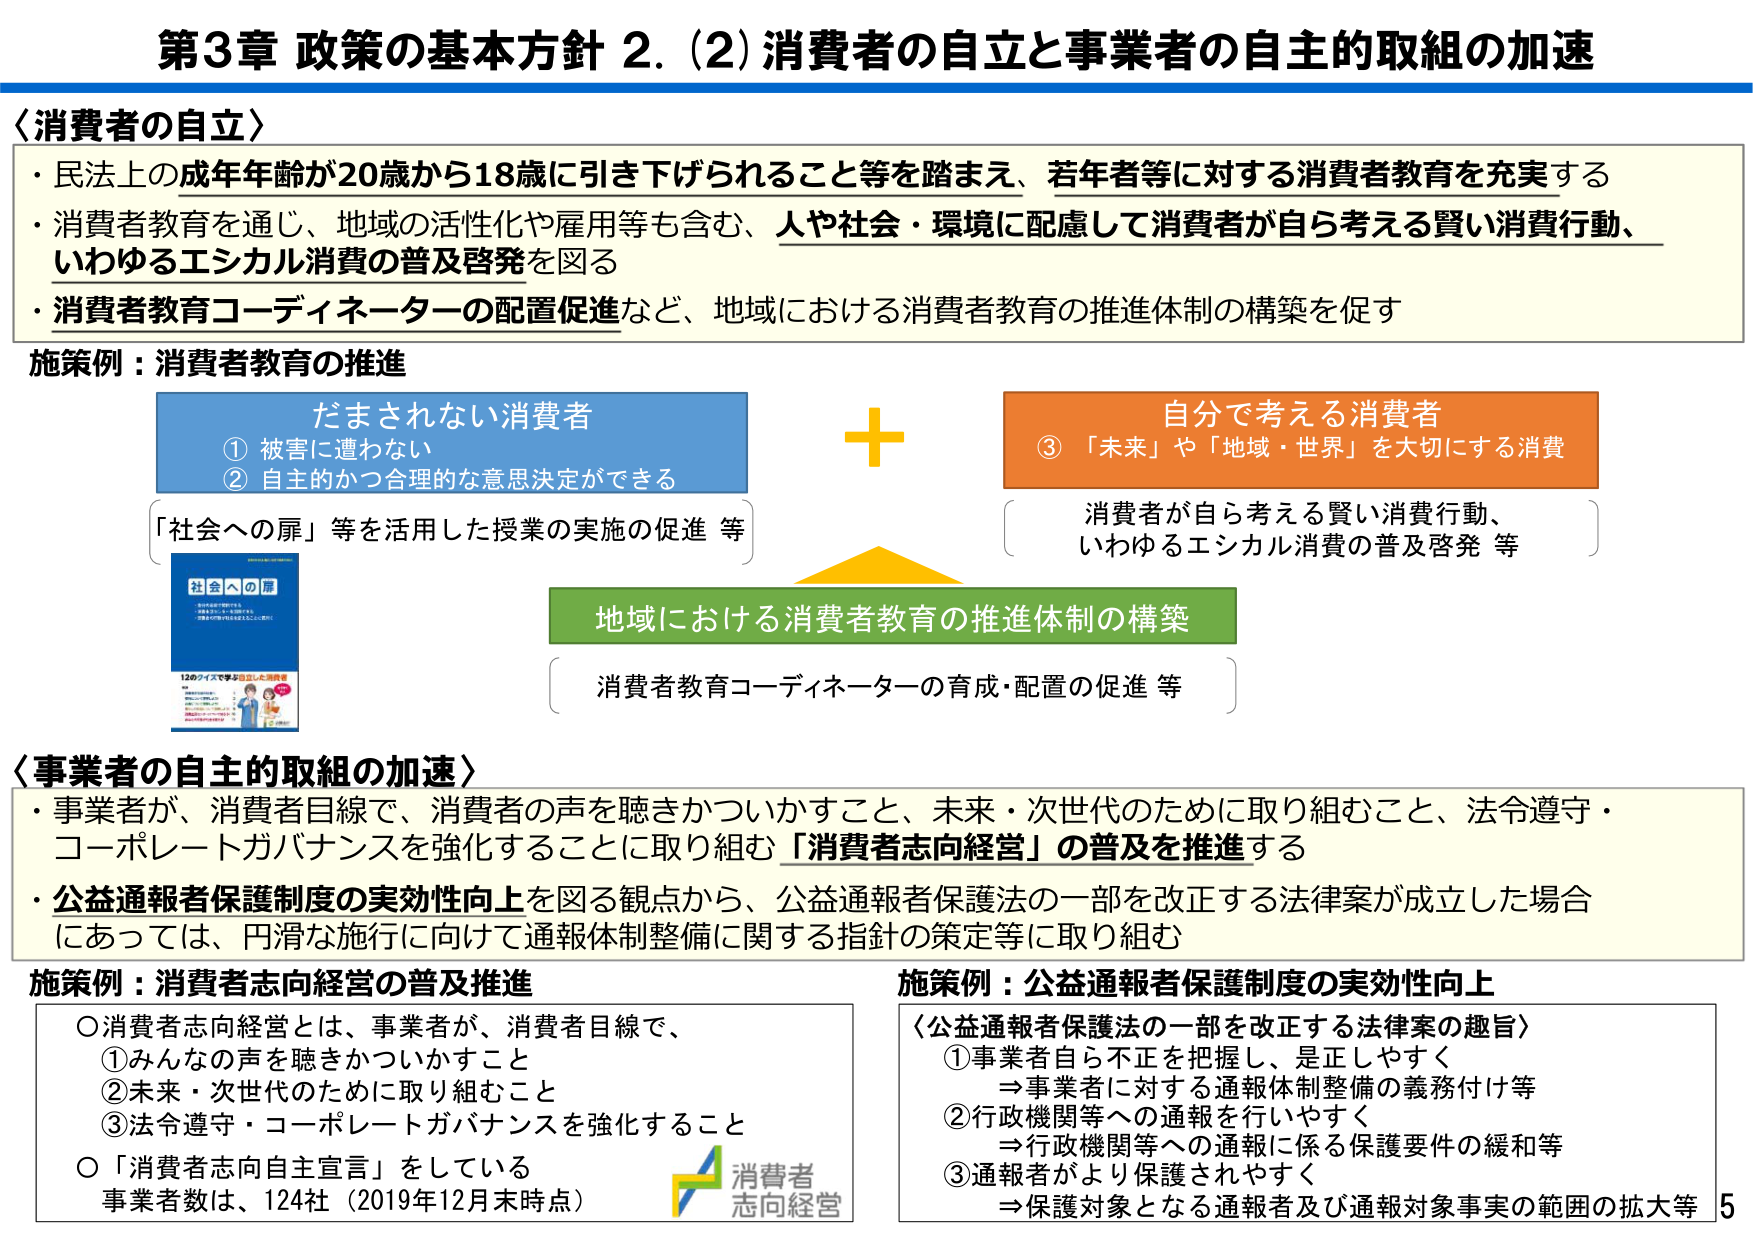
第3章 政策の基本方針 2. (2) 消費者の自立と事業者の自主的取組の加速

〈消費者の自立〉
・民法上の成年年齢が20歳から18歳に引き下げられること等を踏まえ、若年者等に対する消費者教育を充実する
・消費者教育を通じ、地域の活性化や雇用等も含む、人や社会・環境に配慮して消費者が自ら考える賢い消費行動、いわゆるエシカル消費の普及啓発を図る
・消費者教育コーディネーターの配置促進など、地域における消費者教育の推進体制の構築を促す

施策例：消費者教育の推進

だまされない消費者
① 被害に遭わない
② 自主的かつ合理的な意思決定ができる

「社会への扉」等を活用した授業の実施の促進 等

自分で考える消費者
③ 「未来」や「地域・世界」を大切にする消費

消費者が自ら考える賢い消費行動、
いわゆるエシカル消費の普及啓発 等

地域における消費者教育の推進体制の構築

消費者教育コーディネーターの育成・配置の促進 等

〈事業者の自主的取組の加速〉
・事業者が、消費者目線で、消費者の声を聴きかついかすこと、未来・次世代のために取り組むこと、法令遵守・コーポレートガバナンスを強化することに取り組む「消費者志向経営」の普及を推進する
・公益通報者保護制度の実効性向上を図る観点から、公益通報者保護法の一部を改正する法律案が成立した場合にあっては、円滑な施行に向けて通報体制整備に関する指針の策定等に取り組む

施策例：消費者志向経営の普及推進
○消費者志向経営とは、事業者が、消費者目線で、
①みんなの声を聴きかついかすこと
②未来・次世代のために取り組むこと
③法令遵守・コーポレートガバナンスを強化すること
○「消費者志向自主宣言」をしている
事業者数は、124社（2019年12月末時点）

施策例：公益通報者保護制度の実効性向上
〈公益通報者保護法の一部を改正する法律案の趣旨〉
①事業者自ら不正を把握し、是正しやすく
⇒事業者に対する通報体制整備の義務付け等
②行政機関等への通報を行いやすく
⇒行政機関等への通報に係る保護要件の緩和等
③通報者がより保護されやすく
⇒保護対象となる通報者及び通報対象事実の範囲の拡大等

社会への扉
12のイズで学ぶ自立した消費者

消費者
志向経営

5